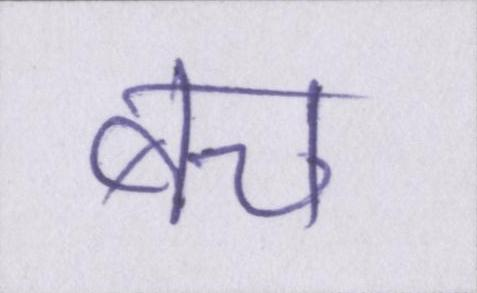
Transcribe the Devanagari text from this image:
बच